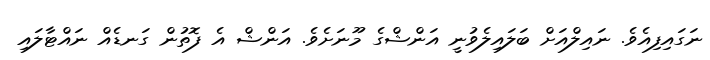
ނަގައިފިއެވެ. ނައިލްއަށް ބަލައިލެވުނީ އަންޝްގެ މޫނަށެވެ. އަންޝް އެ ފޮތުން ގަނޑެއް ނައްޓާލައި